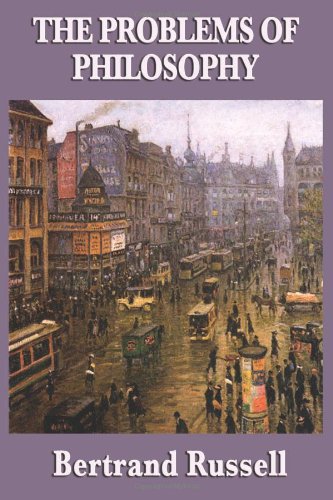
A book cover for The Problems of Philosophy; Bertrand Russell; Politics & Social Sciences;